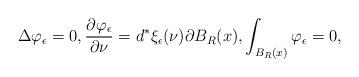
LaTeX: \begin{align*}\Delta \varphi_{\epsilon}=0,\frac{\partial \varphi_{\epsilon}}{\partial \nu}=d^*\xi_{\epsilon}(\nu)\partial B_R(x),\int_{B_R(x)} \varphi_{\epsilon}=0, \end{align*}